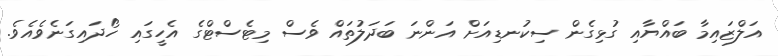
އަލްޒައިމާ ބައްޔާއި ގުޅިގެން ސިކުނޑިއަށް އަންނަ ބަދަލުތައް ވެސް މިޓެސްޓްގެ އެހީގައި ހޯދައިގަނެވެއެވެ.